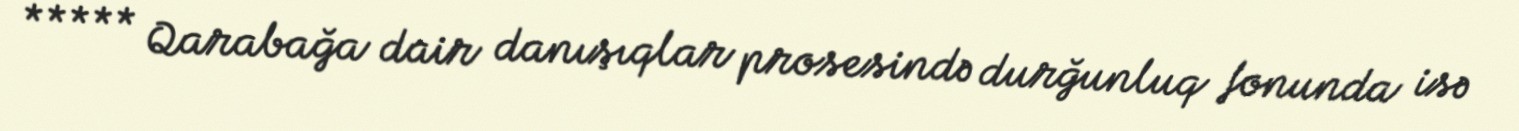
***** Qarabağa dair danışıqlar prosesində durğunluq fonunda isə